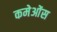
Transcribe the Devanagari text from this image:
कमेओंस